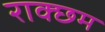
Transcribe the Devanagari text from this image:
राक्छम